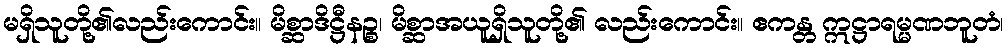
မရှိသူတို့၏လည်းကောင်း။ မိစ္ဆာဒိဋ္ဌီနဉ္စ၊ မိစ္ဆာအယူရှိသူတို့၏ လည်းကောင်း။ ဧကန္တ ဣဋ္ဌာရမ္မဏဘူတံ၊